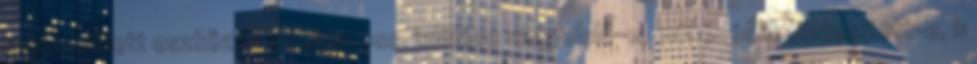
nem említett eszközök elhelyezése, jelölése megfelelõ-e, mûködésük biztosított-e, b